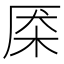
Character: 𰗜